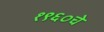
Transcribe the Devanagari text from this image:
१९६०चे